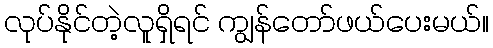
လုပ်နိုင်တဲ့လူရှိရင် ကျွန်တော်ဖယ်ပေးမယ်။